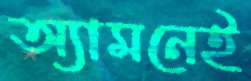
অ্যামনেই